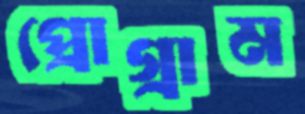
প্রোগ্রাম